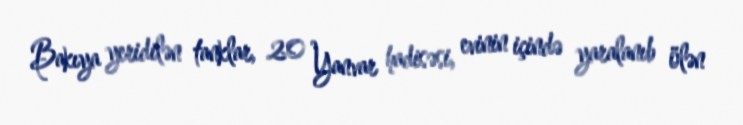
Bakıya yeridilən tanklar, 20 Yanvar hadisəsi, evinin içində yaralanıb ölən